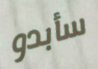
سأبدو